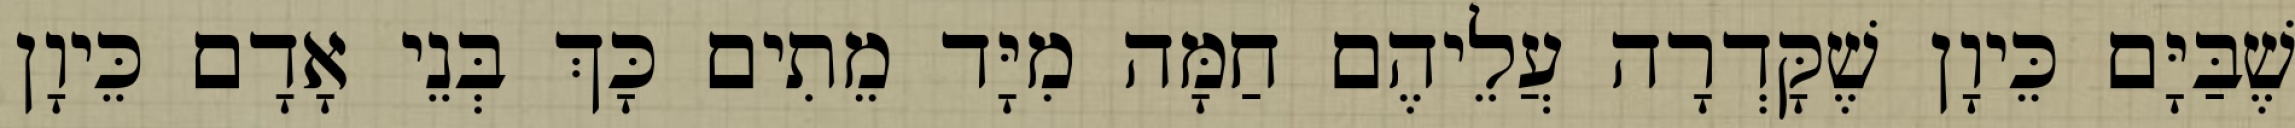
שֶׁבַּיָּם כֵּיוָן שֶׁקָּדְרָה עֲלֵיהֶם חַמָּה מִיָּד מֵתִים כָּךְ בְּנֵי אָדָם כֵּיוָן